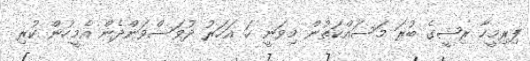
ފިރިމީހާ ރިޝީގެ ބުރަ މަސައްކަތުން މިވަނީ ހަ އަހަރު ދުވަސްވަންދެން އެމީހުން ކުރި